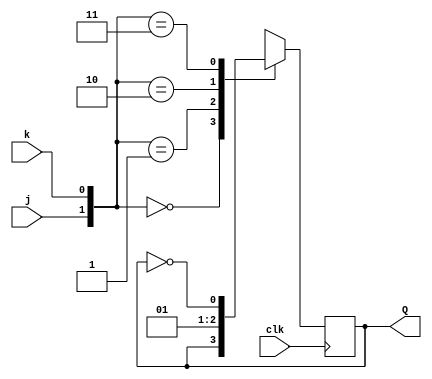
module top_module (
    input clk,
    input j,
    input k,
    output Q); 
    
    always @(posedge clk) begin
        case({j,k})
            2'b00: Q<=Q;
            2'b01: Q<=0;
            2'b10: Q<=1;
            2'b11: Q<=~Q;
            default: Q<=0;
        endcase
    end

endmodule